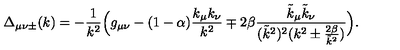
\Delta _ { \mu \nu \pm } ( k ) = - \frac 1 { k ^ { 2 } } \Big ( g _ { \mu \nu } - ( 1 - \alpha ) \frac { k _ { \mu } k _ { \nu } } { k ^ { 2 } } \mp 2 \beta \frac { \tilde { k } _ { \mu } \tilde { k } _ { \nu } } { ( \tilde { k } ^ { 2 } ) ^ { 2 } ( k ^ { 2 } \pm \frac { 2 \beta } { \tilde { k } ^ { 2 } } ) } \Big ) .